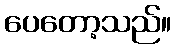
ပေတော့သည်။